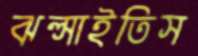
ঝল্‌সাইতিস